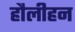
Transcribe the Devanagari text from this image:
हौलीहन